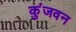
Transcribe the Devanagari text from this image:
कुंजवन